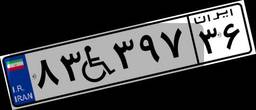
۴۱W۲۷۳۸۳